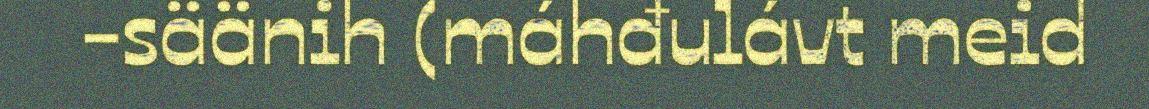
-säänih (máhđulávt meid